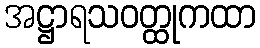
အဋ္ဌာရသဝတ္ထုကထာ